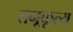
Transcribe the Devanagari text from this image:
तनूकृत्य